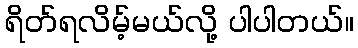
ရိတ်ရလိမ့်မယ်လို့ ပါပါတယ်။